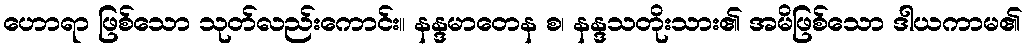
ဟောရာ ဖြစ်သော သုတ်လည်းကောင်း။ နန္ဒမာတေန စ၊ နန္ဒသတိုးသား၏ အမိဖြစ်သော ဒါယကာမ၏